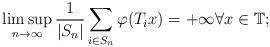
LaTeX: \begin{gather*} \limsup_{n\to\infty}\frac{1}{|S_n|}\sum_{i\in S_n}\varphi(T_ix)=+\infty\forall x\in\mathbb{T}; \end{gather*}